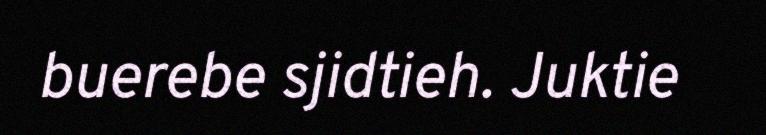
buerebe sjidtieh. Juktie